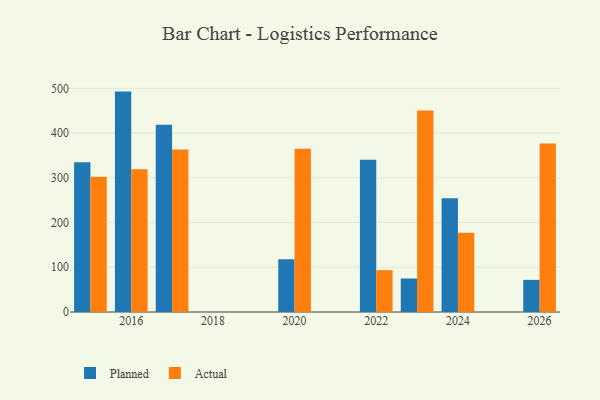
{"axis": {"x": "Year", "y": "Budget (USD K)"}, "legend": ["Actual", "Planned"], "data": [{"x": "2016", "y": 492.7, "type": "Planned"}, {"x": "2016", "y": 319.2, "type": "Actual"}, {"x": "2017", "y": 418.8, "type": "Planned"}, {"x": "2017", "y": 363.3, "type": "Actual"}, {"x": "2026", "y": 71.8, "type": "Planned"}, {"x": "2026", "y": 376.5, "type": "Actual"}, {"x": "2024", "y": 254.1, "type": "Planned"}, {"x": "2024", "y": 177.4, "type": "Actual"}, {"x": "2015", "y": 334.7, "type": "Planned"}, {"x": "2015", "y": 302.5, "type": "Actual"}, {"x": "2022", "y": 340.2, "type": "Planned"}, {"x": "2022", "y": 93.5, "type": "Actual"}, {"x": "2023", "y": 74.9, "type": "Planned"}, {"x": "2023", "y": 450.4, "type": "Actual"}, {"x": "2020", "y": 117.8, "type": "Planned"}, {"x": "2020", "y": 364.8, "type": "Actual"}]}